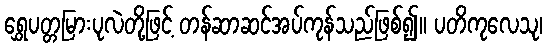
ရွှေပတ္တမြားပုလဲတို့ဖြင့် တန်ဆာဆင်အပ်ကုန်သည်ဖြစ်၍။ ပတိကုလေသု၊